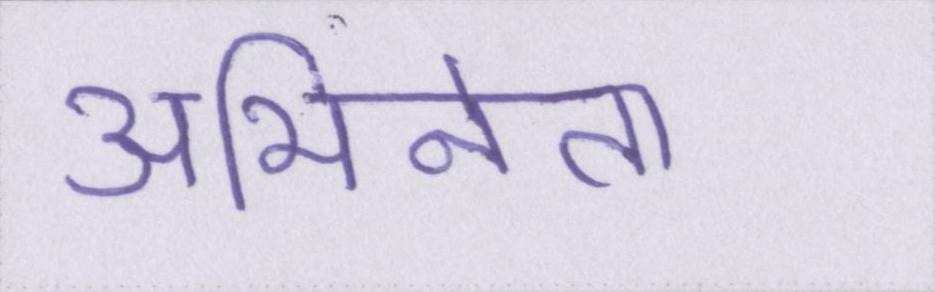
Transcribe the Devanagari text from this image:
अभिनेता